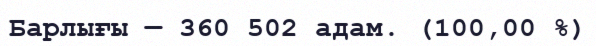
Барлығы — 360 502 адам. (100,00 %)